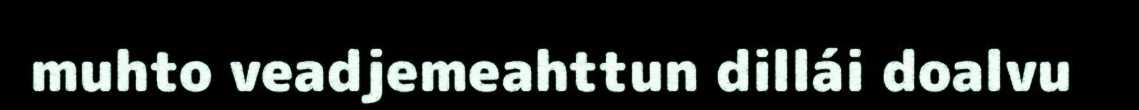
muhto veadjemeahttun dillái doalvu